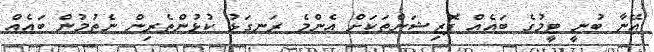
އޭނާ ބުނީ ޓީމުގެ ބައެއް ޕޮޒިޝަންތަކަށް އެންމެ ރަނގަޅު ކުޅުންތެރިން ނެތުމުން ބައެއް